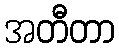
အတီတာ